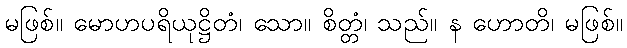
မဖြစ်။ မောဟပရိယုဋ္ဌိတံ၊ သော။ စိတ္တံ၊ သည်။ န ဟောတိ၊ မဖြစ်။